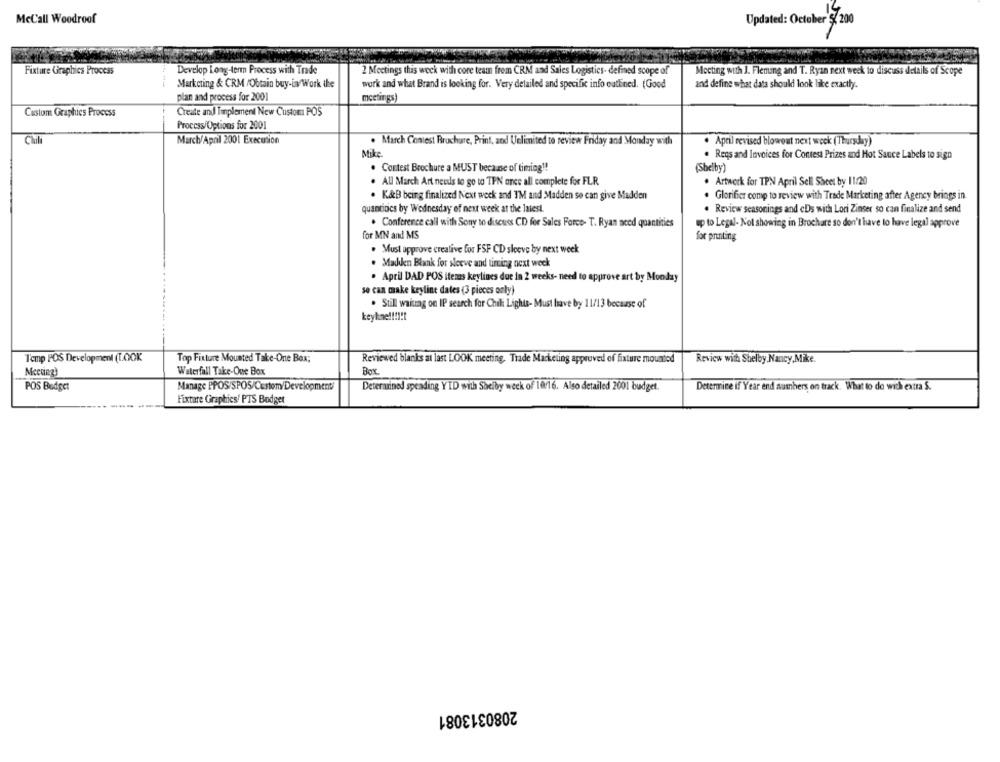
McCall Woodroof
Updated: October S. 200
Fixture Graphics Process
Develop Long-term Process with Trade
2 Meetings this weck with core team from CRM and Sales Logistics- defined scope of
Mocting with J. Fleming and T. Ryan next week to discuss details of Scope
Marketing & CRM /Obtain buy-in Work the
work and what Brand is looking for. Very detailed and specific info outlined. (Good
and define what data should look like exactly.
plan and process for 2001
meetings)
Custom Graphics Process
Create and Implement New Custom POS
Process/Options for 2001
Chili
March/April 2001 Execution
. March Contest Brochure, Print, and Unlimited to review Friday and Monday with
. April revised blowout next week (Thursday)
Mike
. Reqs and Invoices for Contest Prizes and Hot Sauce Labels to sign
. Contest Brochure a MUST beca ne of timing !!
(Shelby)
. All March Art needs to go to TPN once all complete for FLR.
. Artwork for TPN April Sell Sheet by 11/20
. K&B being finalized Next week and I'M and Madden se can give Madden
. Glorifier comp to review with Trade Marketing after Agency brings in
quantidics by Wednesday of next week at the latest.
. Review seasonings and cDs with Lori Zinser so can finalize and send
. Conference call with Sony to discuss CD for Sales Force- T. Ryan aced quantities
up to Legal- Not showing in Brochare so don't have to have legal approve
for MN and MS
for printing
. Must approve creative for FSF CD sleeve by next week
. Madden Blank for sleeve and timing next week
. April DAD POS itemas keylines due in 2 weeks- need to approve art by Monday
so can make keyline dates (3 pieces only)
. Still waiting on IP search for Chili Lights- Must have by 11/13 because of
keyhne !!!!!
Temp POS Development (LOOK
Top Fixture Mounted Take-One Box;
Reviewed blanks at last LOOK meeting. Trade Marketing approved of fixture mounted
Review with Shelby,Nancy,Mike.
Meeting)
Waterfall Take-One Box
Box.
POS Bedget
Manage PPOS/SPOS/Custom/Development/
Determined spending YTD with Shelby weck of 10/16. Also detailed 2001 budget.
Determine if Year end numbers, on track. What to do with extra $.
Fixture Graphics/ PTS Bodget
2080313081